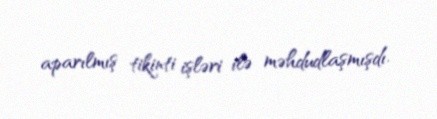
aparılmış tikinti işləri ilə məhdudlaşmışdı.